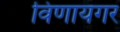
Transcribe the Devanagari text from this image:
विणायगर